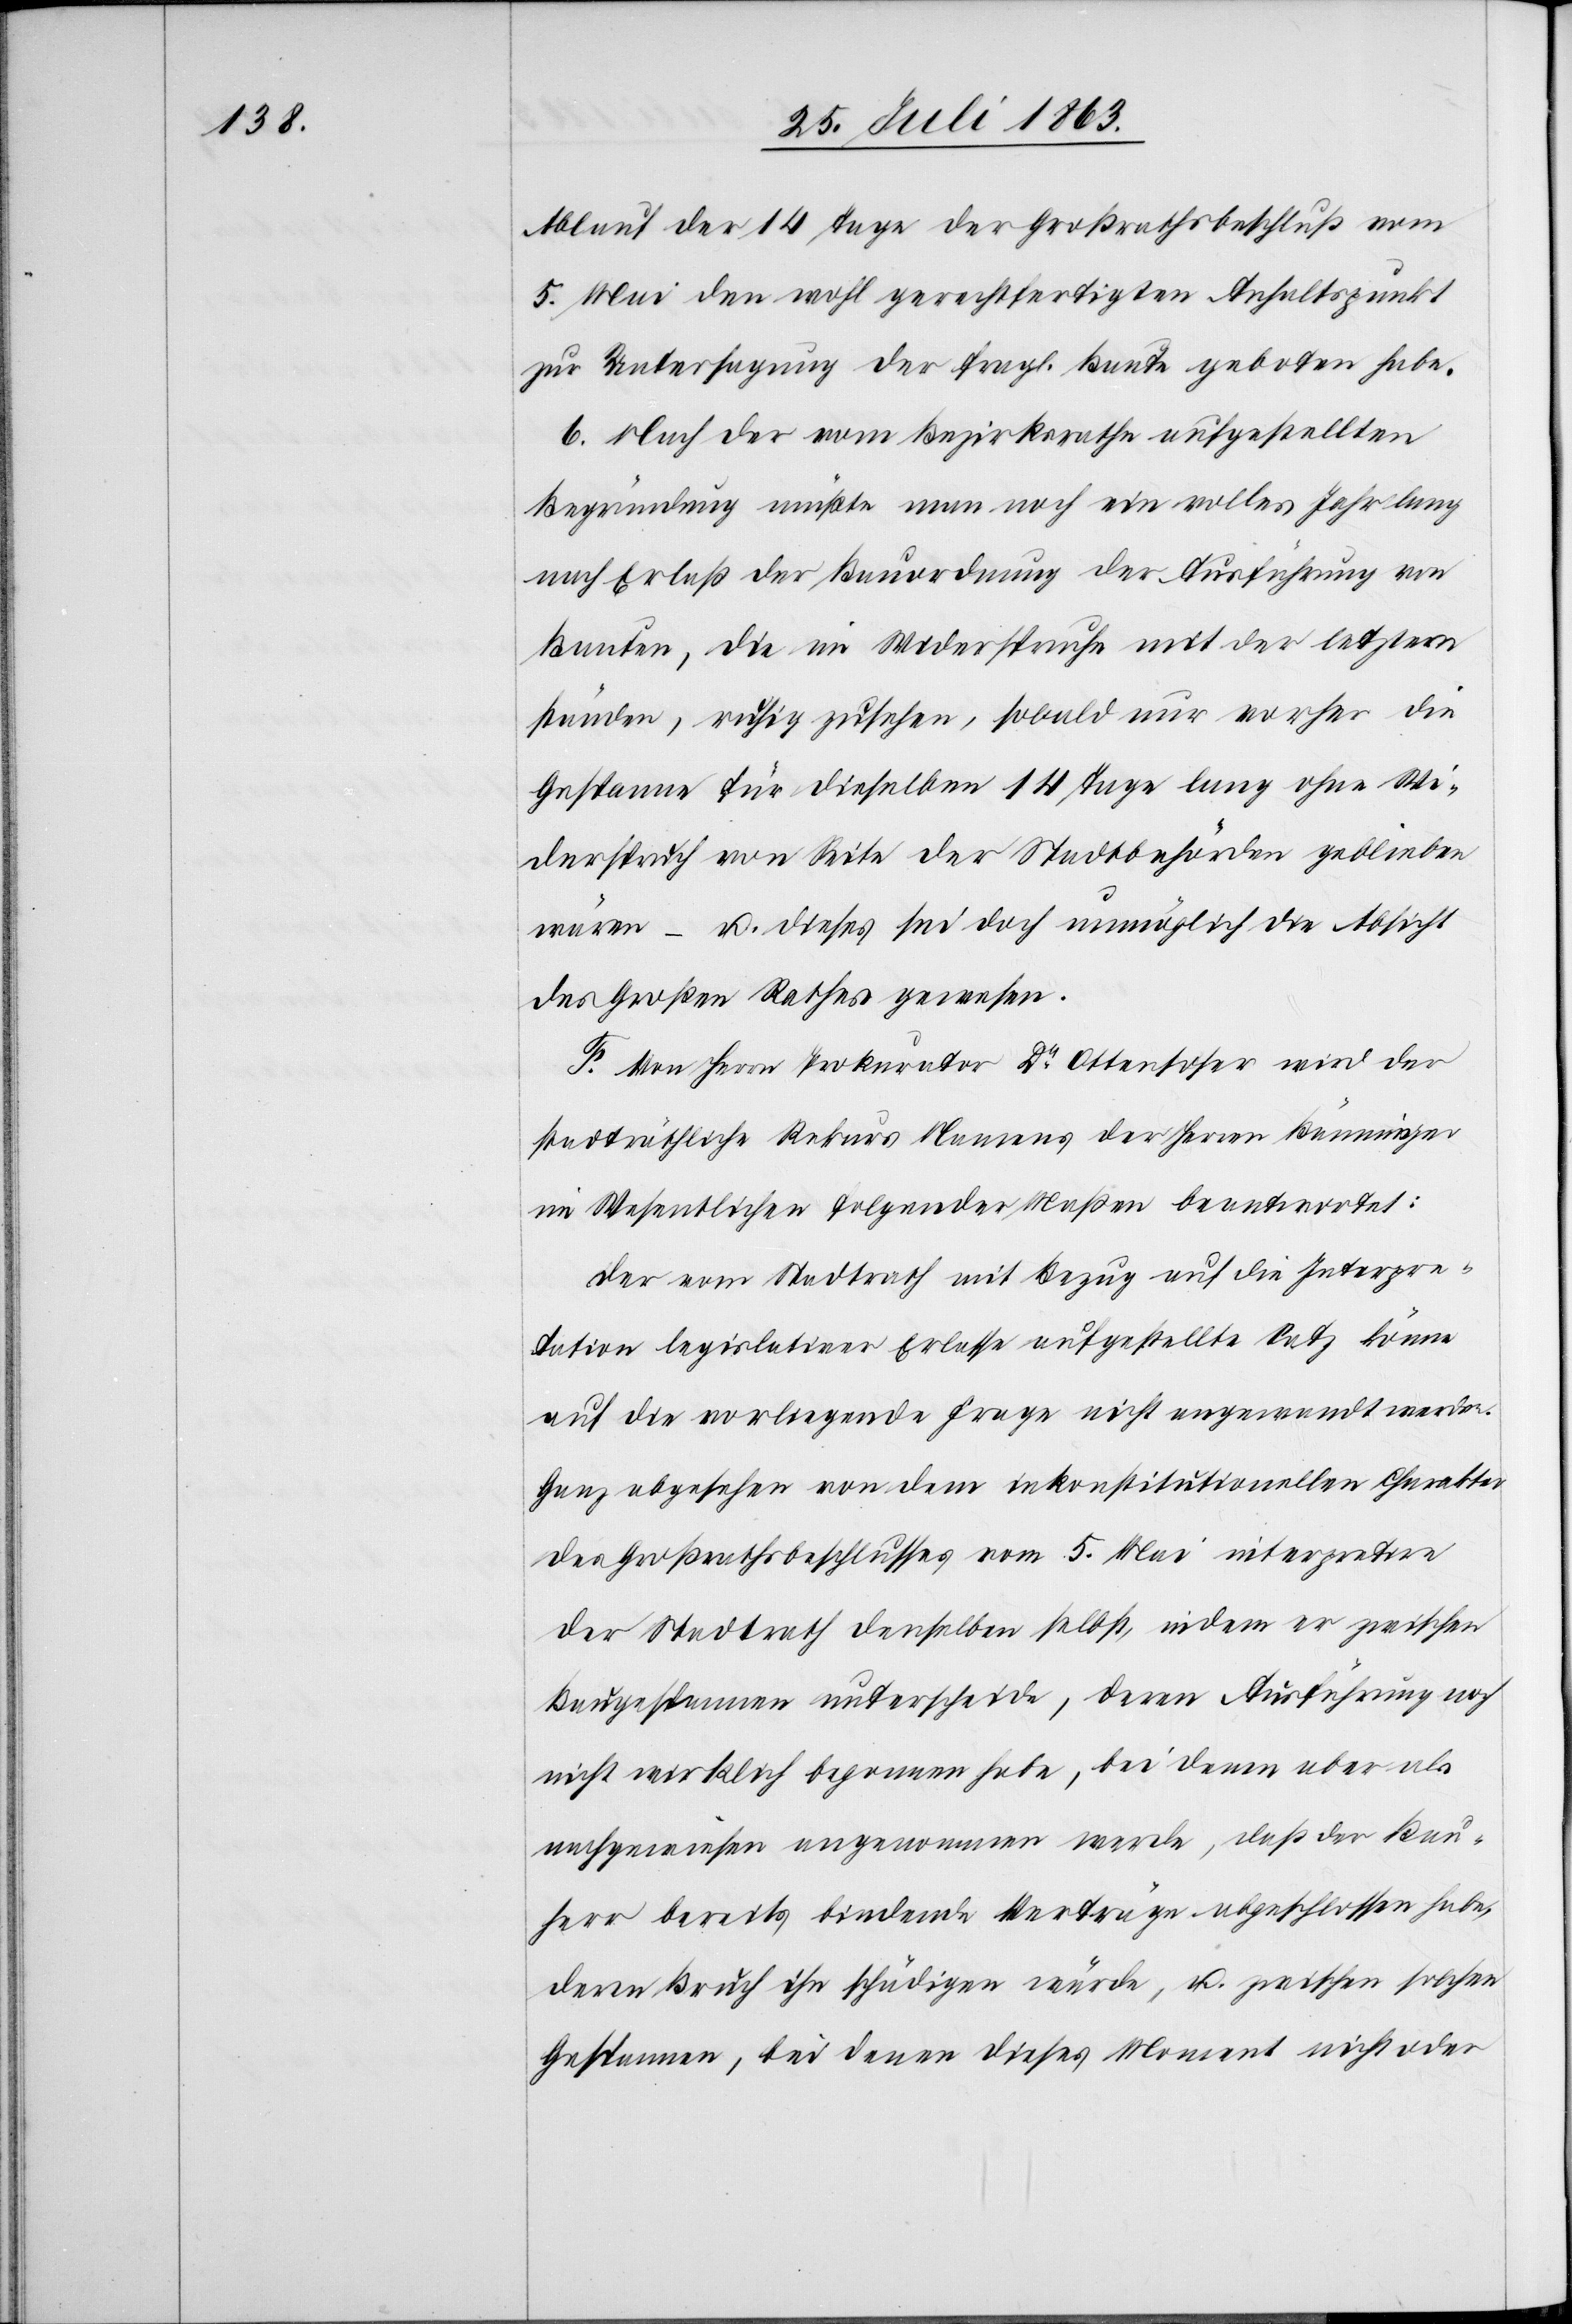
Ablauf der 14 Tage der Großrathsbeschluß vom
5. Mai den wohl gerechtfertigten Anhaltspunkt
zur Untersagung der fragl. Baute geboten habe.
6. Nach der vom Bezirksrathe aufgestellten
Begründung müßte man noch ein volles Jahr lang
nach Erlaß der Bauordnung der Ausführung von
Bauten, die im Widerspruche mit der letztern
ständen, ruhig zusehen, sobald nur vorher die
Gespanne für dieselben 14 Tage lang ohne Wi¬
derspruch von Seite der Stadtbehörden geblieben
wären – u. dieses sei doch unmöglich die Absicht
des Großen Rathes. gewesen.
F. Von Herrn Prokurator Dr Ottensoser wird der
stadträthliche Rekurs Namens der Herren Bänninger
im Wesentlichen folgender Maßen beantwortet:
Der vom Stadtrath mit Bezug auf die Interpre¬
tation legislativer Erlasse aufgestellte Satz könne
auf die vorliegende Frage nicht angewandt werden.
Ganz abgesehen von dem inkonstitutionellen Charakter
des Großrathsbeschlusses vom 5. Mai interpretire
der Stadtrath denselben selbst, indem er zwischen
Baugespannen unterscheide, deren Ausführung noch
nicht wirklich begonnen habe, bei denen aber als
nachgewiesen angenommen werde, das der Bau¬
herr bereits bindende Verträge abgeschlossen habe,
deren Bruch ihn schädigen würde, u. zwischen solchen
Gespannen, bei denen dieses Moment nicht oder